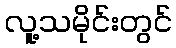
လူ့သမိုင်းတွင်